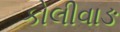
કોલીવાઙ